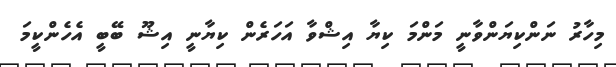
މިހާރު ނަންކިޔަންވާނީ މަންމަ ކިޔާ އިޝްވާ އަހަރެން ކިޔާނީ އިޝޫ ބޭބީ އެހެންކީމަ